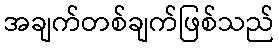
အချက်တစ်ချက်ဖြစ်သည်